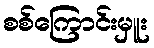
စစ်ကြောင်းမှူး